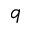
q